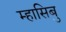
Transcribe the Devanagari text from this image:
म्हासिबु